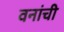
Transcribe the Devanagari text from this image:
वनांची